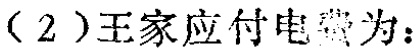
（2）王家应付电费为：